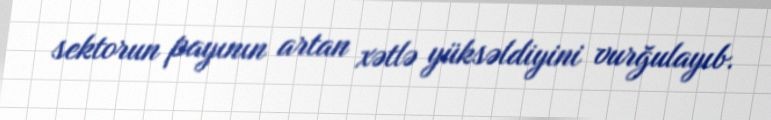
sektorun payının artan xətlə yüksəldiyini vurğulayıb.